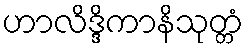
ဟာလိဒ္ဒိကာနိသုတ္တံ